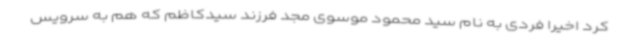
کرد اخیرا فردی به نام سید محمود موسوی مجد فرزند سیدکاظم که هم به سرویس